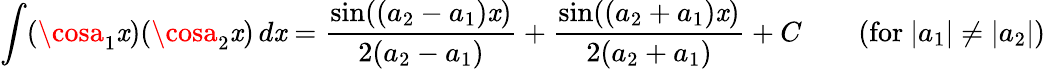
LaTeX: \int(\cosa_{1}\mathit{x})(\cosa_{2}\mathit{x})\, d\mathit{x}={\frac{{\sin((a_{2}-a_{1})\mathit{x})}}{{2(a_{2}-a_{1})}}}+{\frac{{\sin((a_{2}+a_{1})\mathit{x})}}{{2(a_{2}+a_{1})}}}+C\qquad{\mathrm{{(for~}}}|a_{1}|\neq|a_{2}|{\mathrm{{)}}}